Report on sanitation, dispensaries, and jails in Rajputana for 1919, and on vaccination for the year 1919-1920 - 1919-1920
Year: 1919
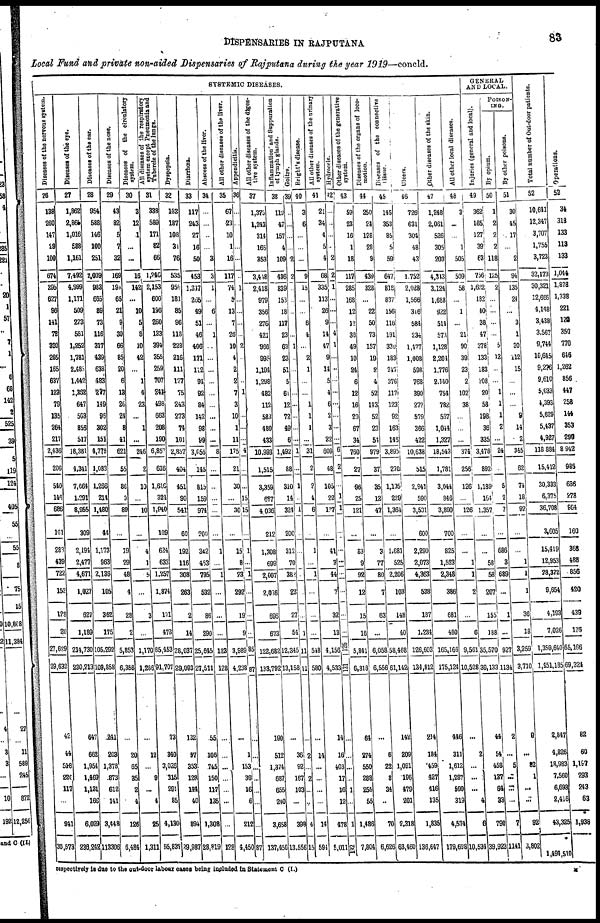
DISPENSARIES IN RAJPUTANA
83
Local Fund and private non-aided Dispensaries of Rajputana during the year 1919—concld.
SYSTEMIC DISEASES.
Diseases of the nervous system.
26
138
260
147
29
100
674
295
627
96
141
72
320
265
165
637
123
79
135
264
217
2,436
206
540
146
686
101
283
439
722
152
128
20
27,629
29,632
42
44
548
220
117
...
941
30,573
Diseases of the eye.
27
1,862
2,864
1,016
588
1,161
7,492
4,999
1,171
509
273
581
1,252
1,781
2,483
1,442
1,362
647
503
856
517
18,381
4,341
7,664
1,291
8,955
309
2,194
2,477
4,671
1,027
627
1,189
214,730
230,213
647
662
1,954
1,469
1,131
166
6,029
236,242
Diseases of the ear.
28
954
588
146
100
251
2,039
983
665
89
73
116
317
439
638
483
277
149
96
302
151
4,778
1,083
1,266
214
1,480
44
1,173
963
2,136
105
362
175
105,292
109,858
241
203
1,378
873
612
141
3,448
113,306
Diseases of the nose.
29
43
82
5
7
32
169
198
65
21
9
39
66
85
20
6
13
26
24
8
41
621
55
86
3
89
...
19
29
48
4
28
2
5,853
6,358
...
20
65
35
2
4
126
6,484
Diseases of the circulatory
system.
30
3
12
1
...
...
16
142
...
10
5
8
10
42
...
1
4
23
...
1
...
246
2
10
...
10
...
4
1
5
...
3
...
1,170
1,286
...
12
...
9
...
4
25
1,311
All diseases of the respiratory
system except Pneumonia and
Tubercle of the lungs.
31
338
589
171
82
66
1,246
2,153
600
196
260
133
394
355
259
707
241
498
663
208
190
6,857
616
1,610
324
1,940
109
624
633
1,257
1,874
171
473
85,453
91,707
73
340
3,026
315
291
85
4,130
95,837
Dyspepsia.
32
133
187
108
31
76
535
959
181
85
96
118
228
216
111
127
75
243
273
74
101
2,857
404
451
90
541
60
192
116
308
263
2
14
28,037
29,093
132
97
353
128
144
40
894
29,987
Diarrhœa.
33
117
243
27
16
50
453
1,347
265
49
51
46
406
171
112
94
92
84
142
98
99
3,056
145
815
159
974
200
342
453
795
532
86
290
25,645
27,511
55
106
745
150
117
135
1,308
28,819
Abscess of the liver.
34
...
...
...
...
3
3
1
...
6
...
1
...
...
...
...
...
...
...
...
...
8
...
...
...
...
...
1
...
1
...
...
...
123
128
...
...
...
...
...
...
...
128
All other diseases of the liver.
35
67
23
10
1
16
117
74
8
13
7
26
10
4
2
2
7
3
10
1
11
175
21
30
...
30
...
15
8
23
292
19
9
3,989
4,238
...
1
153
36
16
6
212
4,450
Appendicitis.
36
...
...
...
...
...
...
1
...
...
...
...
2
...
...
...
1
...
...
...
...
4
...
...
5
15
...
1
... 1
...
...
...
85
87
...
...
...
...
...
...
...
87
All other diseases of the diges-
tive system.
37
1,373
1,243
314
165
353
3,448
2,418
979
356
276
421
966
995
1,194
1,298
482
112
583
480
433
10,993
1,515
3,359
677
4,036
212
1,308
699
2,007
2,086
696
673
122,682
133,792
190
512
1,374
687
655
240
3,658
137,450
Inflammation and Suppuration
of lymph glands.
38
119
47
157
4
109
436
839
153
18
117
23
63
23
51
5
61
12
72
49
6
1,492
88
310
14
324
200
312
70
382
23
27
54
12,345
13,158
...
36
92
167
103
...
398
13,556
Goitre.
39
...
...
...
...
2
2
...
...
...
...
...
1
...
...
...
...
...
...
...
...
1
...
1
...
1
...
...
...
...
...
...
1
11
11
...
2
...
2
...
...
4
15
Bright's disease.
40
3
6
...
...
...
9
15
...
...
6
4
...
2
1
...
...
1
1
1
... 31
2
2
4
6
...
1
... 1
...
...
...
548
580
...
14
...
...
...
...
14
594
All other diseases of the urinary
system.
41
21
34
4
5
4
68
335
113
26
9
14
47
9
14
5
4
6
2
3
22
609
48
105
22
127
...
41
3
44
7
32
13
4,156
4,533
14
16
403
17
16
12
478
5,011
Hydrocele.
42
...
...
...
...
2
2
1
...
...
...
4
1
...
...
...
...
...
...
...
... 6
2
...
1
1
...
...
...
...
...
...
...
126
131
...
...
...
...
1
...
1
132
Other diseases of the generative
system.
43
59
23
16
1
18
117
285
168
12
12
36
49
10
24
6
12
16
29
67
34
760
27
96
25
121
...
83
9
92
12
15
16
5,841
6,318
64
274
550
288
255
55
1,486
7,804
Diseases of the organs of loco-
motion.
44
250
24
128
28
9
439
328
...
22
50
73
157
19
2
4
52
143
52
23
54
979
37
35
12
47
...
3
77
80
7
63
...
6,058
6,556
...
6
22
8
34
...
70
6,626
Diseases of the connective
tissue.
45
145
353
85
5
59
647
813
837
156
116
191
330
183
247
376
117
123
92
163
146
3,895
270
1,135
229
1,364
...
1,681
525
2,206
103
148
40
58,468
61,142
142
209
1,091
196
479
201
2,318
63,460
Ulcers.
46
726
631
304
48
43
1,752
2,028
1,566
346
584
234
1,477
1,008
598
768
390
272
579
366
422
10,638
515
2,941
590
3,531
600
2,290
2,073
4,363
538
187
1,234
126,603
134,812
214
184
459
427
416
135
1,835
136,647
Other diseases of the skin.
47
1,248
2,061
526
305
203
...
3,124
1,688
922
514
573
1,128
2,204
1,776
2,140
754
782
567
1,044
1,327
18,543
1,781
3,044
846
3,890
700
825
1,523
2,348
386
681
480
165,166
175,124
446
311
1,612
1,287
599
319
4,574
179,698
All other local diseases.
48
3
...
...
1
505
509
58
...
1
...
21
90
39
23
2
102
38
...
...
...
374
256
126
...
126
...
...
1
1
2
...
6
9,561
10,528
...
2
...
...
...
4
6
10,534
GENERAL
AND LOCAL.
Injuries (general and local).
49
362
185
127
39
63
756
1,622
182
40
38
47
378
133
183
208
20
58
198
36
335
3,478
892
1,189
164
1,357
...
...
58
58
207
155
188
35,570
39,133
44
54
458
137
64
33
790
39,923
POISON¬
ING.
By opium.
50
1
2
2
2
118
125
2
...
...
...
...
5
12
...
...
1
1
1
2
...
24
...
5
2
7
...
686
3
689
...
1
...
927
1,134
2
...
5
...
...
...
7
1,141
By other poisons.
51
30
45
17
...
2
94
135
24
...
3
1
30
112
15
...
...
...
9
14
2
345
62
74
18
92
...
...
1
1
1
36
18
3,259
3,710
9
...
82
1
...
...
92
3,802
Total number of Out-door patients.
52
10,641
12,347
3,707
1,755
3,723
32,173
30,321
12,666
4,148
3,438
3,567
9,744
10,645
9,276
9,610
5,033
1,393
5,629
5,437
4,927
118,884
15,412
30,333
6,375
36,708
3,605
15,419
12,953
28,372
9,654
4,193
7,026
1,359,640
1,451,185
2,847
4,826
18,983
7,560
6,693
2,416
43,325
*
1,494,510
Operations.
53
34
318
133
113
133
1,044
1,878
1,338
221
120
350
770
646
1,262
856
447
258
144
353
299
8,942
985
686
278
964
160
368
488
856
420
439
176
65,166
69,324
82
69
1,167
293
243
63
1,938
respectively is due to the out-door labour cases being included in Statement C (I.)
M